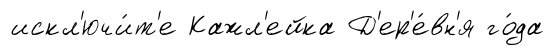
искл'ючи́т'е Кажл'ейка Д'ер'е́вн'я го́да